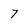
Character: 7